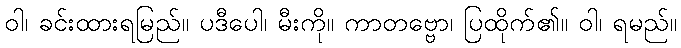
ဝါ၊ ခင်းထားရမြည်။ ပဒီပေါ၊ မီးကို။ ကာတဗ္ဗော၊ ပြထိုက်၏။ ဝါ၊ ရမည်။